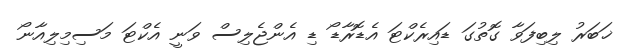
ޚަބަރު ލިބިފަވާ ގޮތުގަ ޑައިރެކްޓަ އެޑޮރާޑޯ ޑި އެންޖެލިސް ވަނީ އެކްޓަ މަސިމިލިއާނޯ